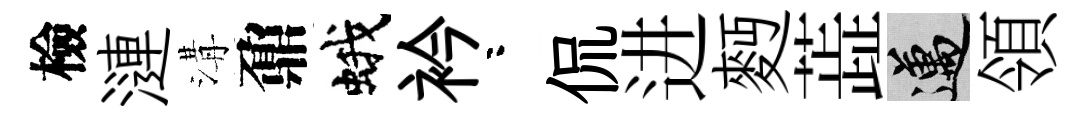
檢漣溝鼐蛾衿咯侃进麪蕋邁領